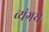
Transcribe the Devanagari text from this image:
व्यंगय